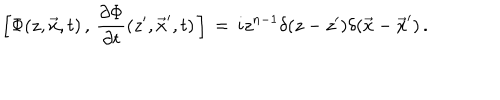
\Big [ \Phi ( z , \vec { x } , t ) \, , \, { \frac { \partial \Phi } { \partial t } } ( z ^ { \prime } , \vec { x } ^ { \prime } , t ) \, \Big ] \, = \, i z ^ { n - 1 } \delta ( z - z ^ { \prime } ) \delta ( \vec { x } - { \vec { x } } ^ { \prime } ) \, .